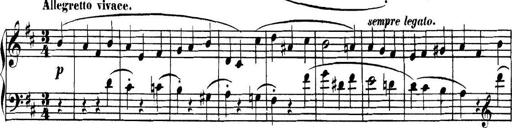
Title: Collected Piano Sonatas
Composer: Muzio Clementi